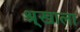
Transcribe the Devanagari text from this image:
श्र्‌खाला